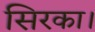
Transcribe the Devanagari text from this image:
सिरका।